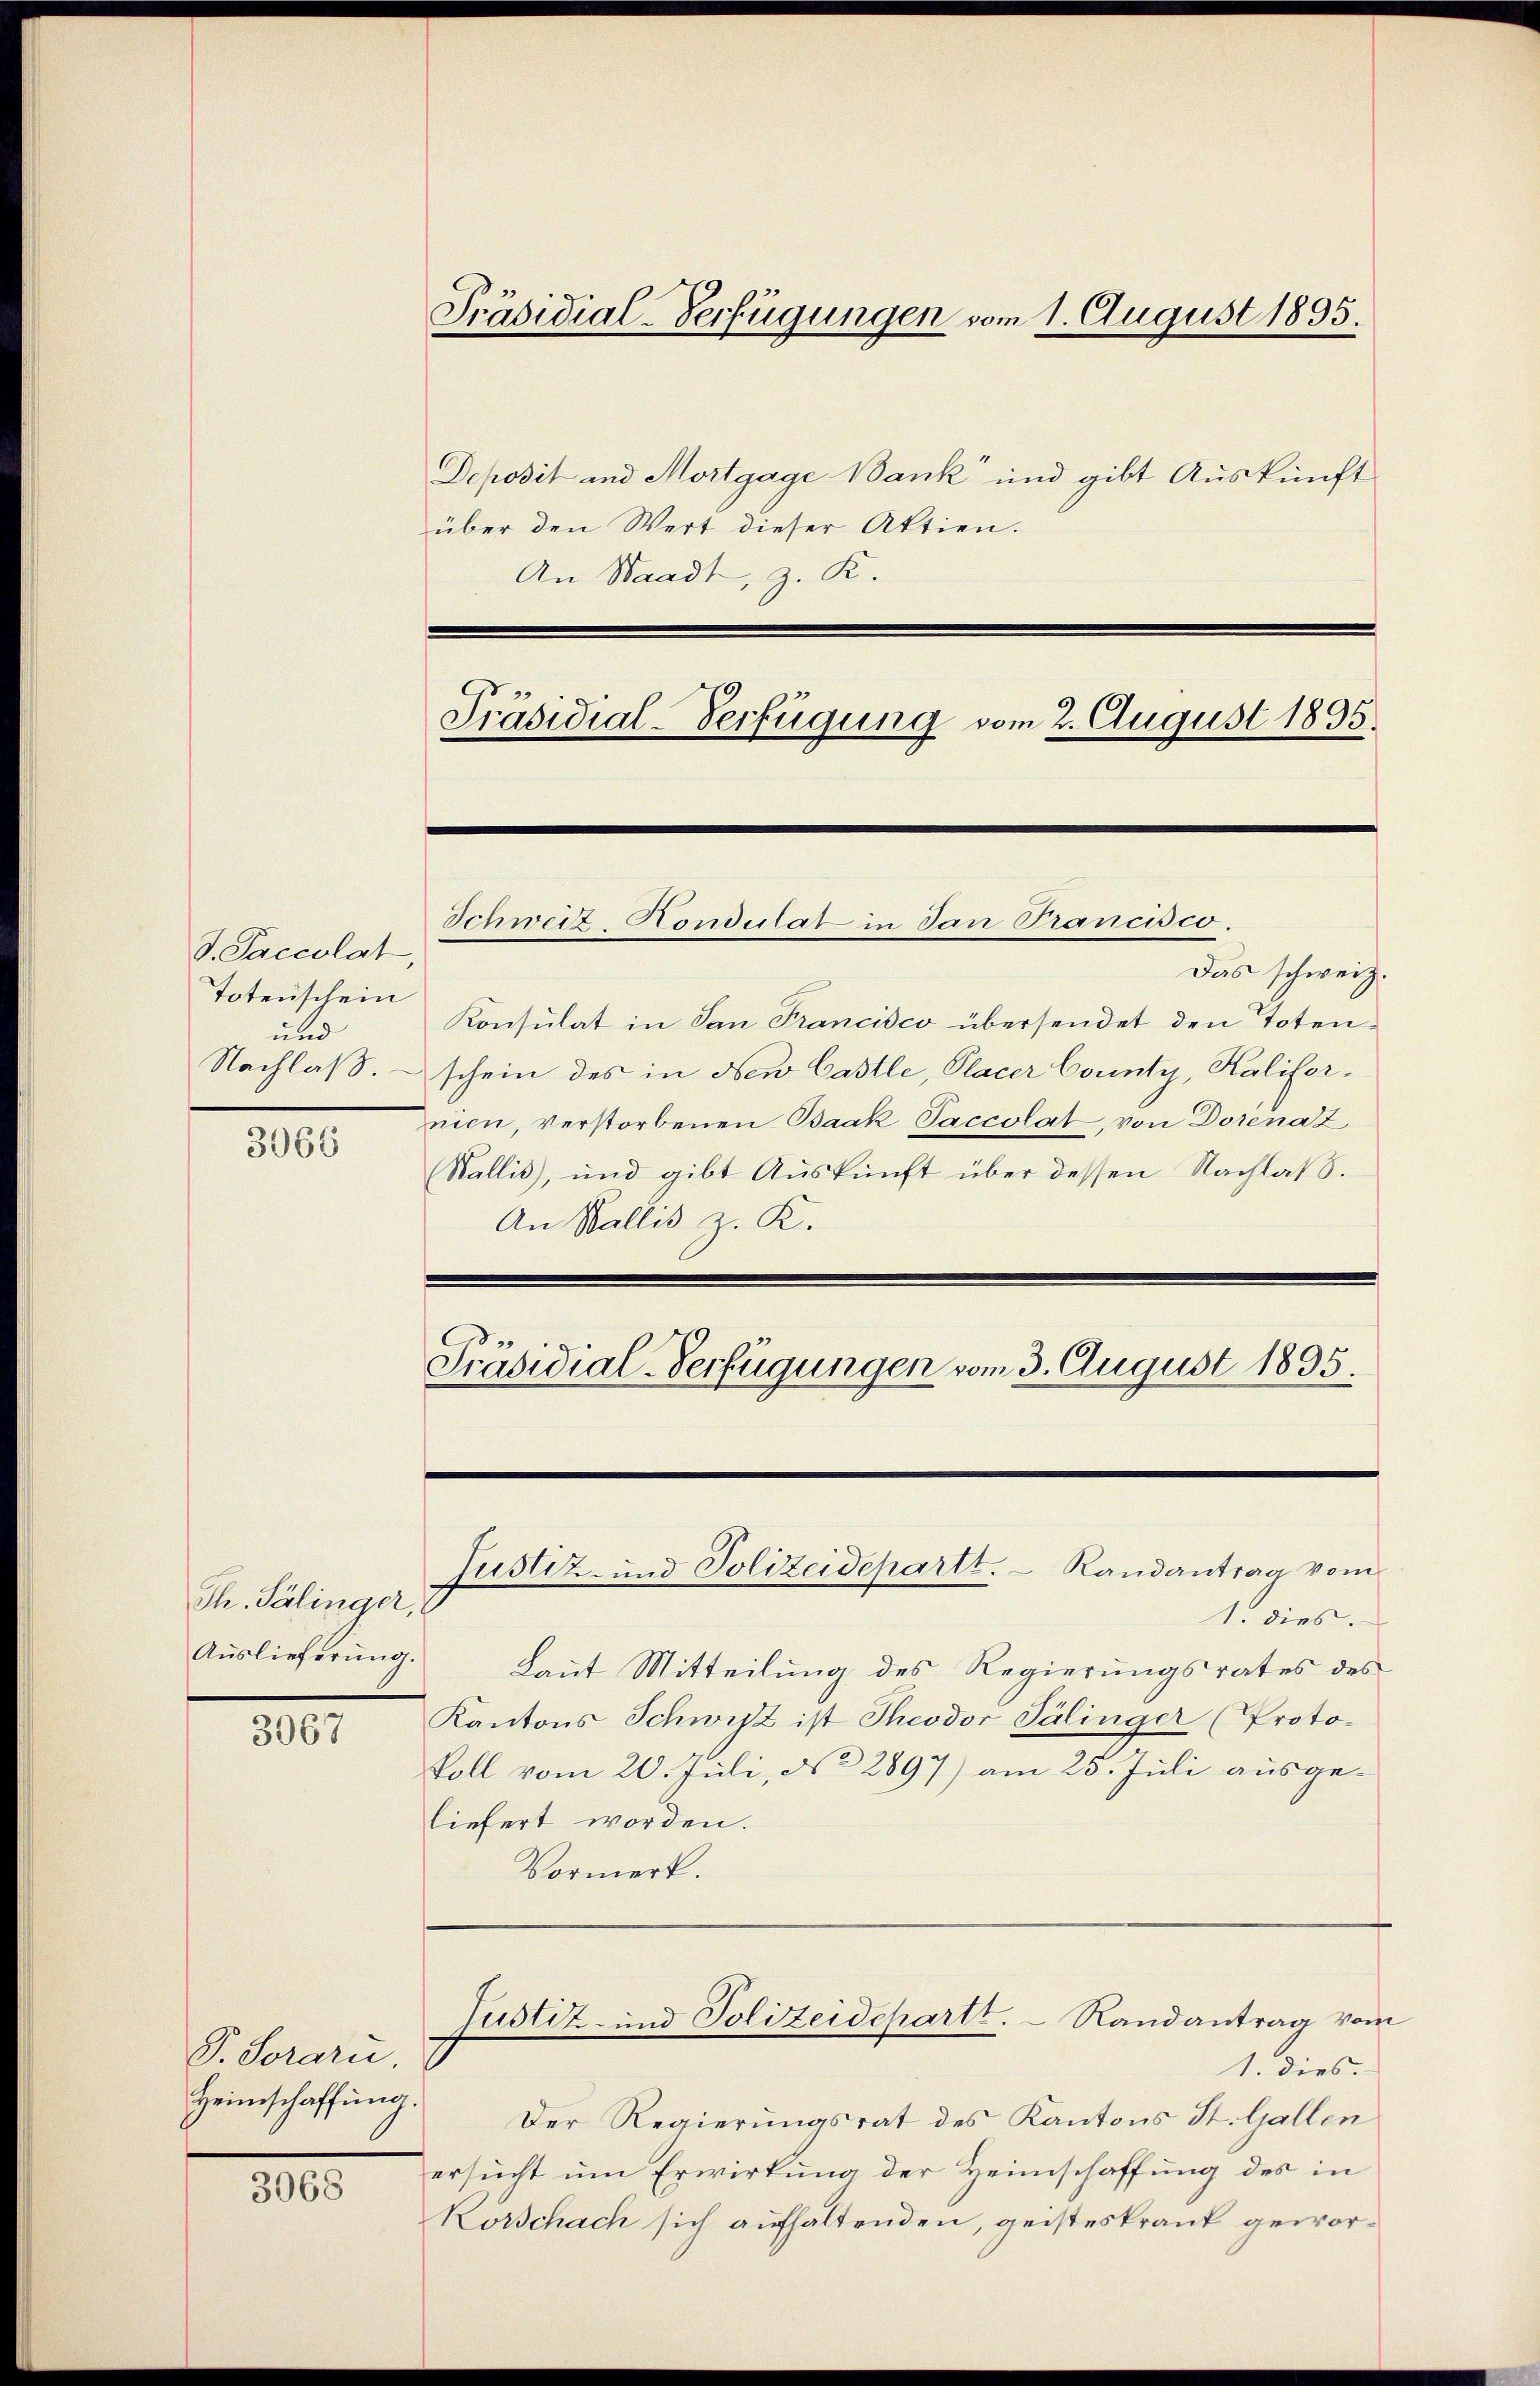
d. Paccolat
Totenschein
und

3066

Th. Palinger,
Auslieferung.

3067

P. Soraru
Heimschaffung.

3068

Präsidial-Verfügungen vom 1. August 1895.

Deposit und Mortgage Bank und gibt Auskunft
über den Wert dieser Aktien.
An Staadt, z. R.
Präsidial-Verfügung vom 2. August 1895.

Das schweiz.
Konsulat in San Francisco übersendet den Toten¬
Nachlaß. – schein des in New Castle, Placer County, Kalifernien, verstorbenen Baak Saccolat, von Dorena z
Wallis), und gibt Auskunft über dessen Nachlaß.
An Wallis z. K.
Präsidial-Verfügungen vom 3. August 1895.

Schweit Nondulat in dan Francisco.

Justiz- und Polizeidepartt.  Randantrag vom

Justiz- und Polizeidepartt.  Randantrag vom
1. dies.

1. dies.
Laut Mitteilung des Regierungsrates des
Kantons Schwist ist Theodor Palinger (Proto-
koll vom 20. Juli, No 2897) am 25. Juli ausgeliefert worden.
Vormerk.

Der Regierungsrat des Kantons St. Gallen
ersucht um Erwirkung der Heimschaffung des in
Körschach sich aufhaltenden, geisteskrank gewor¬